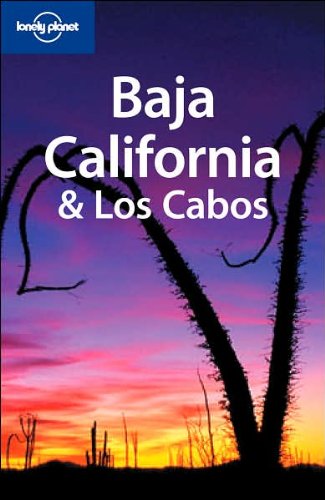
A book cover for Lonely Planet Baja California & Los Cabos (Regional Guide); Danny Palmerlee; Travel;